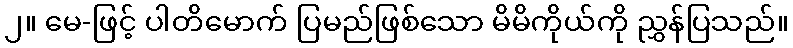
၂။ မေ-ဖြင့် ပါတိမောက် ပြမည်ဖြစ်သော မိမိကိုယ်ကို ညွှန်ပြသည်။